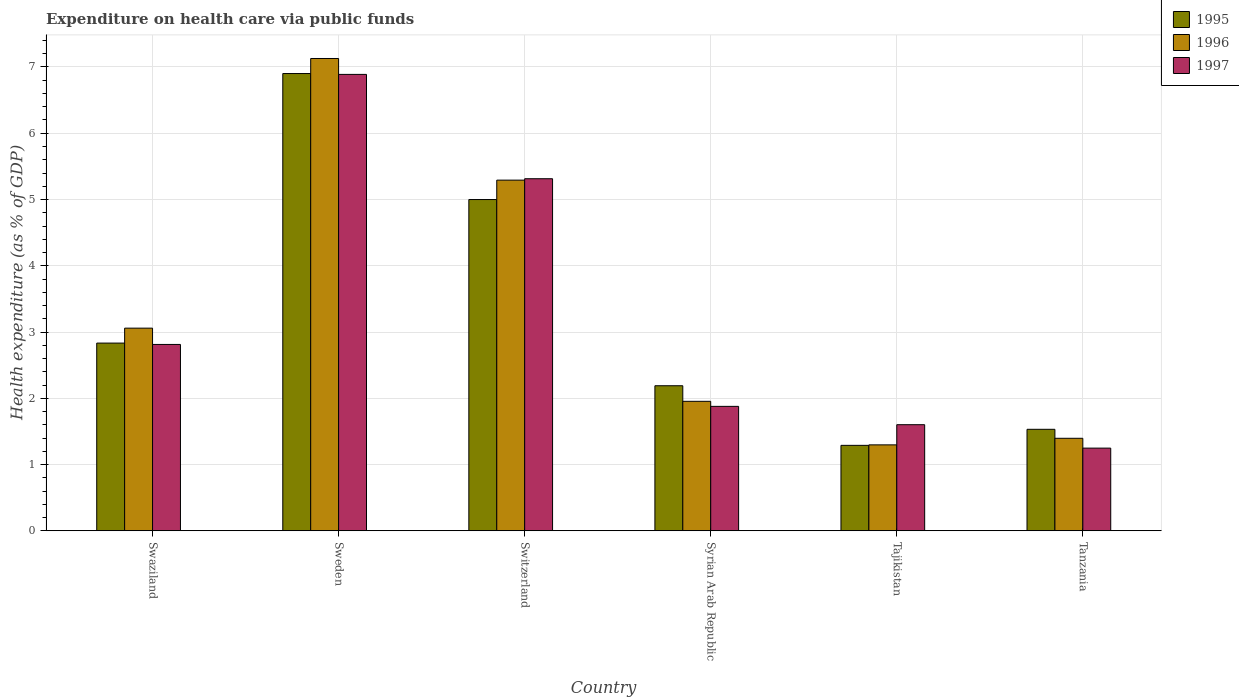
| Country | 1995 | 1996 | 1997 |
 | --- | --- | --- | --- |
 | Swaziland | 2.83 | 3.06 | 2.81 |
 | Sweden | 6.9 | 7.13 | 6.89 |
 | Switzerland | 5 | 5.29 | 5.31 |
 | Syrian Arab Republic | 2.19 | 1.95 | 1.88 |
 | Tajikistan | 1.29 | 1.3 | 1.6 |
 | Tanzania | 1.53 | 1.4 | 1.25 |